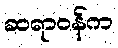
ဆရာဝန်က